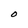
Character: O